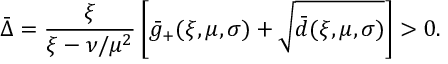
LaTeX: \bar { \Delta } = \frac { \xi } { \xi - \nu / \mu ^ { 2 } } \left[ \bar { g } _ { + } ( \xi , \mu , \sigma ) + \sqrt { \bar { d } ( \xi , \mu , \sigma ) } \right] > 0 .